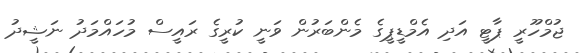
ޖުމްހޫރީ ޕާޓީ އަދި އެމްޑީޕީގެ މެންބަރުން ވަނީ ކުރީގެ ރައީސް މުހައްމަދު ނަޝީދު